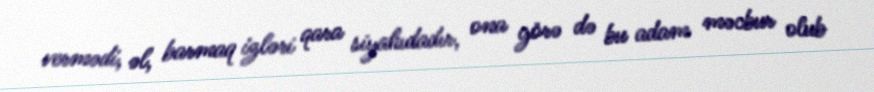
vermədi, əl, barmaq izləri qara siyahıdadır, ona görə də bu adam məcbur olub